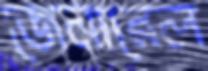
জেনারেল